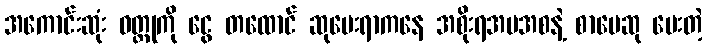
အကောင်းဆုံး ဝတ္ထုကို ငွေ တထောင် ဆုပေးရာကနေ အစိုးရအမအစနဲ့ စာပေဆု ပေးတဲ့